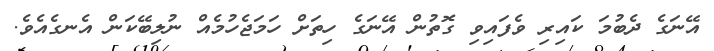
އޭނަގެ ދެބުމަ ކައިރި ވެފައިވި ގޮތުން އޭނަގެ ހިތަށް ހަމަޖެހުމެއް ނުލިބޭކަން އެނގެއެވެ.